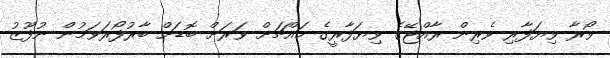
ވޯރާ ވިޔަފާރި ވެރިން ރާއްޖޭގެ ވިޔަފާރީގެ މައްޗަށް ވަރަށް ބޮޑަށް ބާރުފޯރަވަމުން ނުފޫޒު